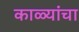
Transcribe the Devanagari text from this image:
काळ्यांचा